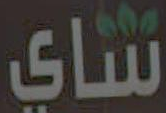
شاي